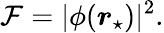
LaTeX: \mathcal{F}=|\phi(\boldsymbol{r}_{\star})|^{2}.